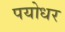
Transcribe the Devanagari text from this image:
पयोधर